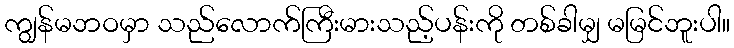
ကျွန်မဘဝမှာ သည်လောက်ကြီးမားသည့်ပန်းကို တစ်ခါမျှ မမြင်ဘူးပါ။